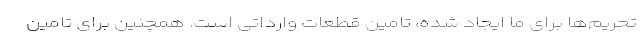
تحریم‌ها برای ما ایجاد شده، تامین قطعات وارداتی است. همچنین برای تامین